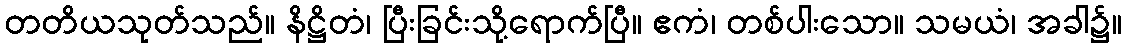
တတိယသုတ်သည်။ နိဋ္ဌိတံ၊ ပြီးခြင်းသို့ရောက်ပြီ။ ဧကံ၊ တစ်ပါးသော။ သမယံ၊ အခါ၌။